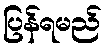
ပြန်ရမည်